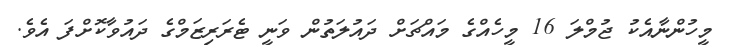
މީހުންނާއެކު ޖުމްލަ 16 މީހެއްގެ މައްޗަށް ދައުލަތުން ވަނީ ޓެރަރިޒަމްގެ ދައުވާކޮށްފަ އެވެ.